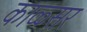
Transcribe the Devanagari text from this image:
काळ्सर